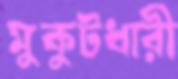
মুকুটধারী